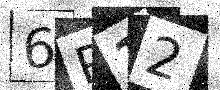
Text: 6P12